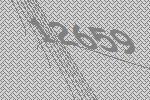
12659